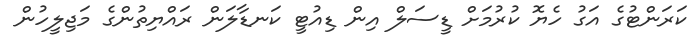
ކަރަންޓުގެ އަގު ހެޔޮ ކުރުމަށް ޑީސަލް އިން ޑިއުޓީ ކަނޑާލަން ރައްޔިތުންގެ މަޖިލީހުން